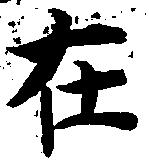
在